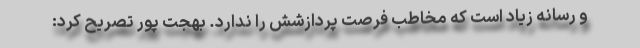
و رسانه زیاد است که مخاطب فرصت پردازشش را ندارد. بهجت پور تصریح کرد: